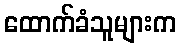
ထောက်ခံသူများက